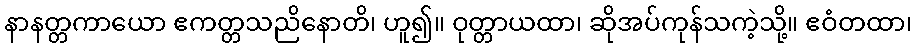
နာနတ္တကာယော ဧကတ္တသညိနောတိ၊ ဟူ၍။ ဝုတ္တာယထာ၊ ဆိုအပ်ကုန်သကဲ့သို့။ ဧဝံတထာ၊